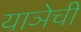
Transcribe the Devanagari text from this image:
याञेची